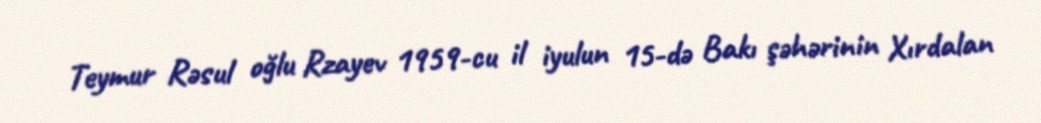
Teymur Rəsul oğlu Rzayev 1959-cu il iyulun 15-də Bakı şəhərinin Xırdalan